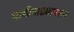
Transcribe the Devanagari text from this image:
माचीपाड्यावरून